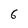
Character: 6